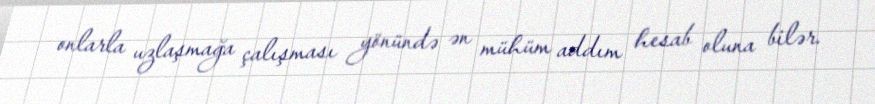
onlarla uzlaşmağa çalışması yönündə ən mühüm addım hesab oluna bilər.